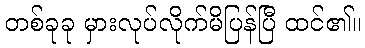
တစ်ခုခု မှားလုပ်လိုက်မိပြန်ပြီ ထင်၏။